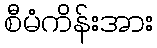
စီမံကိန်းအား